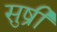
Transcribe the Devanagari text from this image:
सुष्री